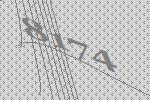
8174